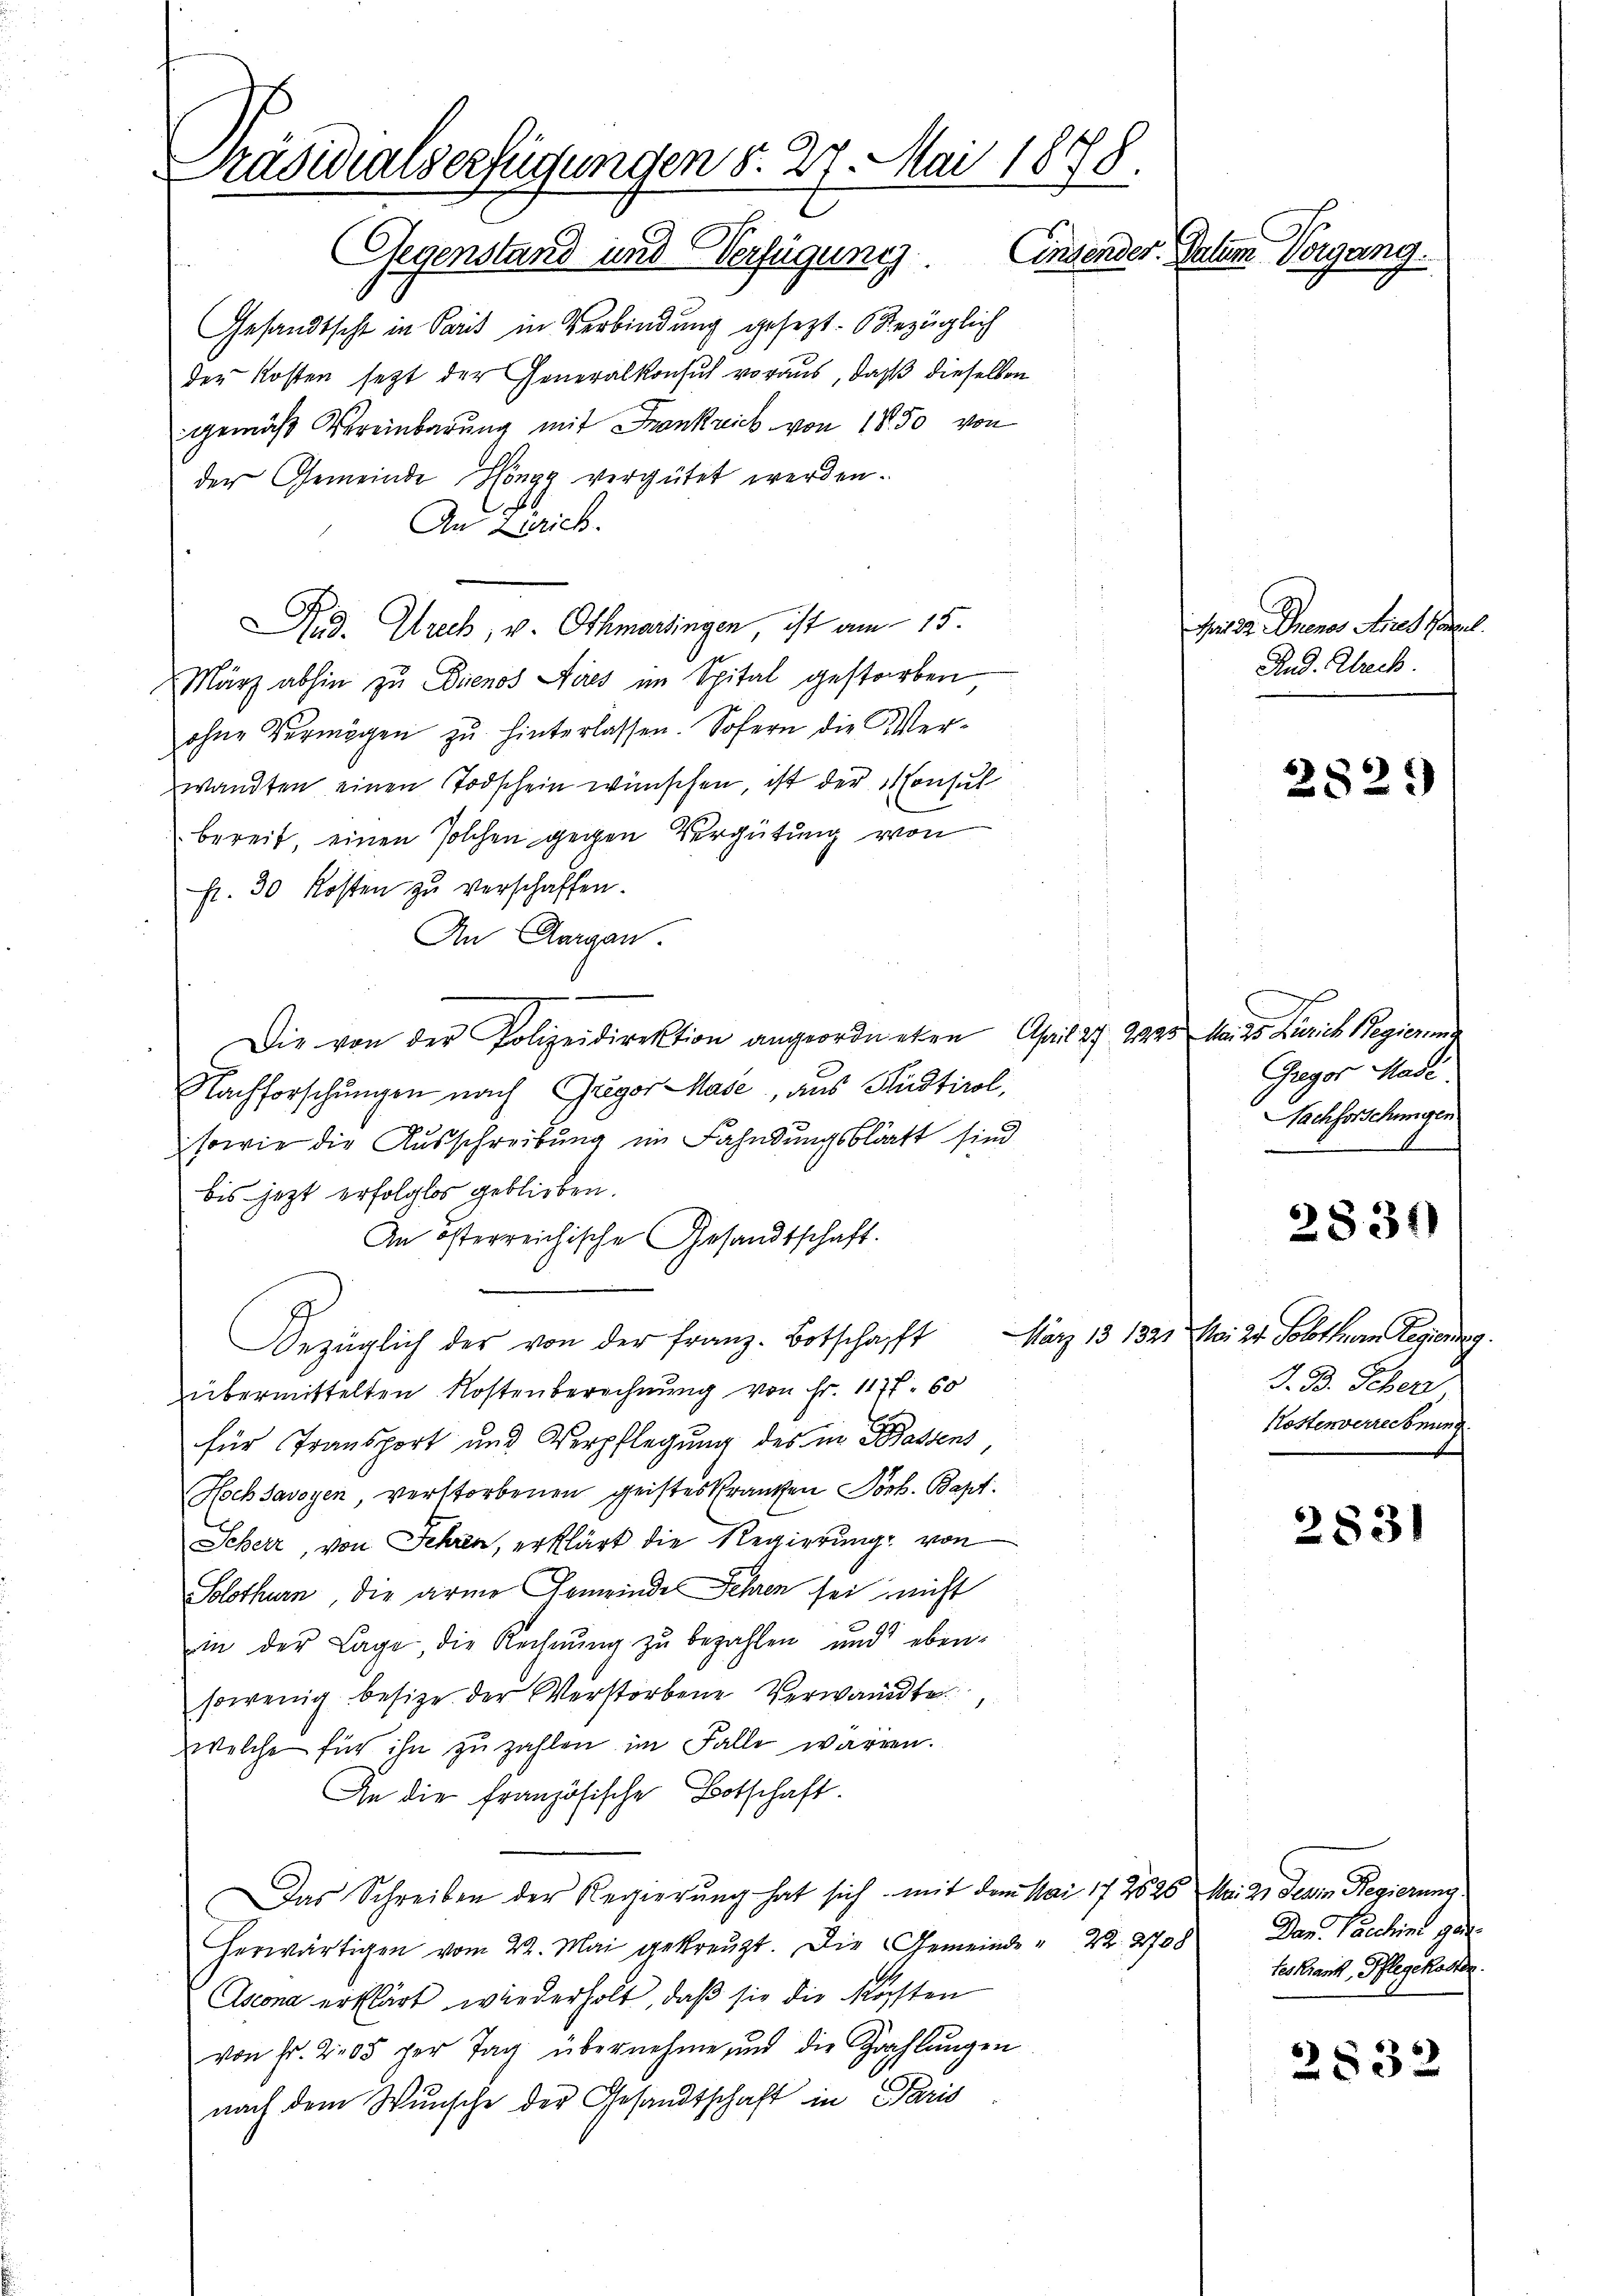
Präsidialverfügungen d. 27. Mai 1888.
Gegenstand und Verfügung. Einsender. Datum Vorgang.

Gesandtscht in Paris in Verbindung gesezt. bezüglich
der Kosten setzt der Generalkonsuch voraus, daß dieselben
gemäß Vereinbarung mit Frankreich von 1850 von
der Gemeinde Höngg vergütet werden.
An Zürich.
März abhin zu Dienos Aires im Spital gestorben
ohne Vermögen zŭ hinterlassen. Sofern die Wer-
wandten einen Todschein wünschen, ist der Monsul
bereit, einen solchen gegen Vergütung von
fr. 30 Kosten zu verschaffen.
An Aargau.
Die von der Polizeidirektion angeordneten April 27. 244.
Nachforschungen nach Gregor Mase, aus Hudtirol,
sowie die Ausschreibung im Fahndungsblatt sind
bis jetzt erfolglos geblieben.
An österreichische Gesandtschaft.
bezüglich des von der Franz-Botschafft
übermittelten Kostenberechnung von Fr. 1177. 60
für Transport und Verpflegung des in Bassens
Hochsavoyen, verstorbenen geisteskranken Joh. Bapt.
Scheer, von Jehren, erklärt die Regierung: von
Solothurn, die arme Gemeinde Fehren sei, nicht
in der Lage, die Rechnŭng zu bezahlen und eben-
sowenig besize der Verstorbene Verwandte
welche für ihn zu zahlen im Falle wären.
An die Französische Botschaft.
Das Schreiben der Regierung hat sich mit dem Mai 172626. Mai a. Derin Regierung
herwärtigen vom 22. Mai gekreuzt. Die Gemeinde " 22. 2708 Dan. Paschine ge¬
Ascona erklärt wiederholt, daß sie die Köchten
von Fr. 205 per Tag übernehme und die Zahlŭngen
nach dem Wunsche der Gesandtschaft in Paris

Rud. Alrech, v. Othmartingen, ist am 15.

Moisa Buenos Aires Kapel.
Rud. Kleck.

282.

23. Mai des Zürich Regierung
Gregor Made.
Nachforschungen
a

2831)

März 13 1321. Mai 20. Solothurn legensag
J. B. Scher
Kostenverrechnung

2831

teskrank, Pflegekosten

2832